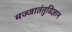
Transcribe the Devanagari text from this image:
मज्जातंतुविज्ञान